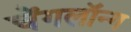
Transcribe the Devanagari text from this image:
चेंगलॉन्ग